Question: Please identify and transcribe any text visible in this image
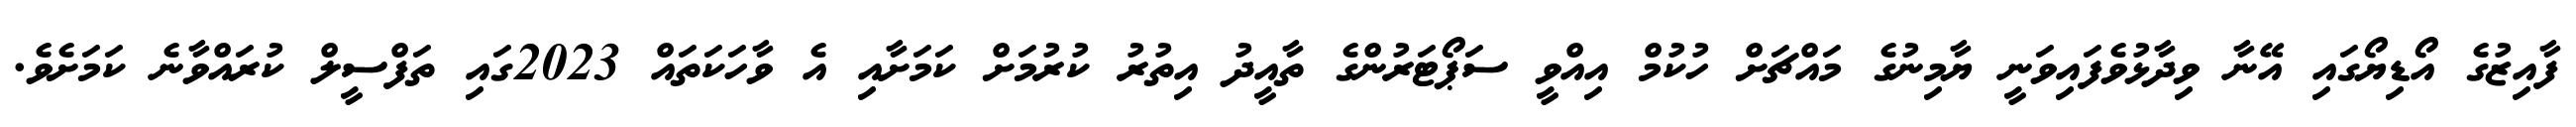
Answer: ފާއިޒުގެ އޯޑިޔޯގައި އޭނާ ވިދާޅުވެފައިވަނީ ޔާމިނުގެ މައްޗަށް ހުކުމް އިއްވީ ސަޕޯޓަރުންގެ ތާއީދު އިތުރު ކުރުމަށް ކަމަށާއި އެ ވާހަކަތައް 2023ގައި ތަފްސީލް ކުރައްވާނެ ކަމަށެވެ.